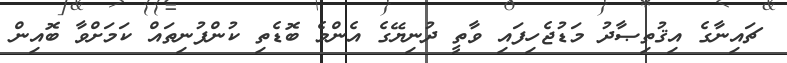
ޗައިނާގެ އިޤުތިޞާދު މަޑުޖެހިފައި ވާތީ ދުނިޔޭގެ އެންމެ ބޮޑެތި ކުންފުނިތައް ކަމަށްވާ ބޮއިން